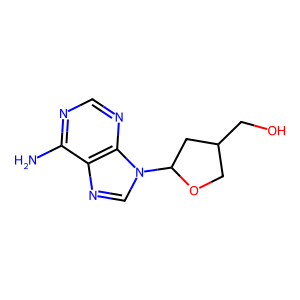
SMILES: Nc1ncnc2c1ncn2C1CC(CO)CO1
Inhibits HIV replication: No